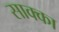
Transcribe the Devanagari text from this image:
साक्का